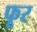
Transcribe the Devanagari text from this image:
फूर